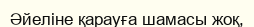
Әйеліне қарауға шамасы жоқ,